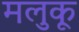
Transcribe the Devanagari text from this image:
मलुकू